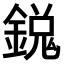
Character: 𫒵